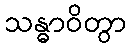
သန္ဓာဝိတွာ